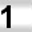
Digit: 1